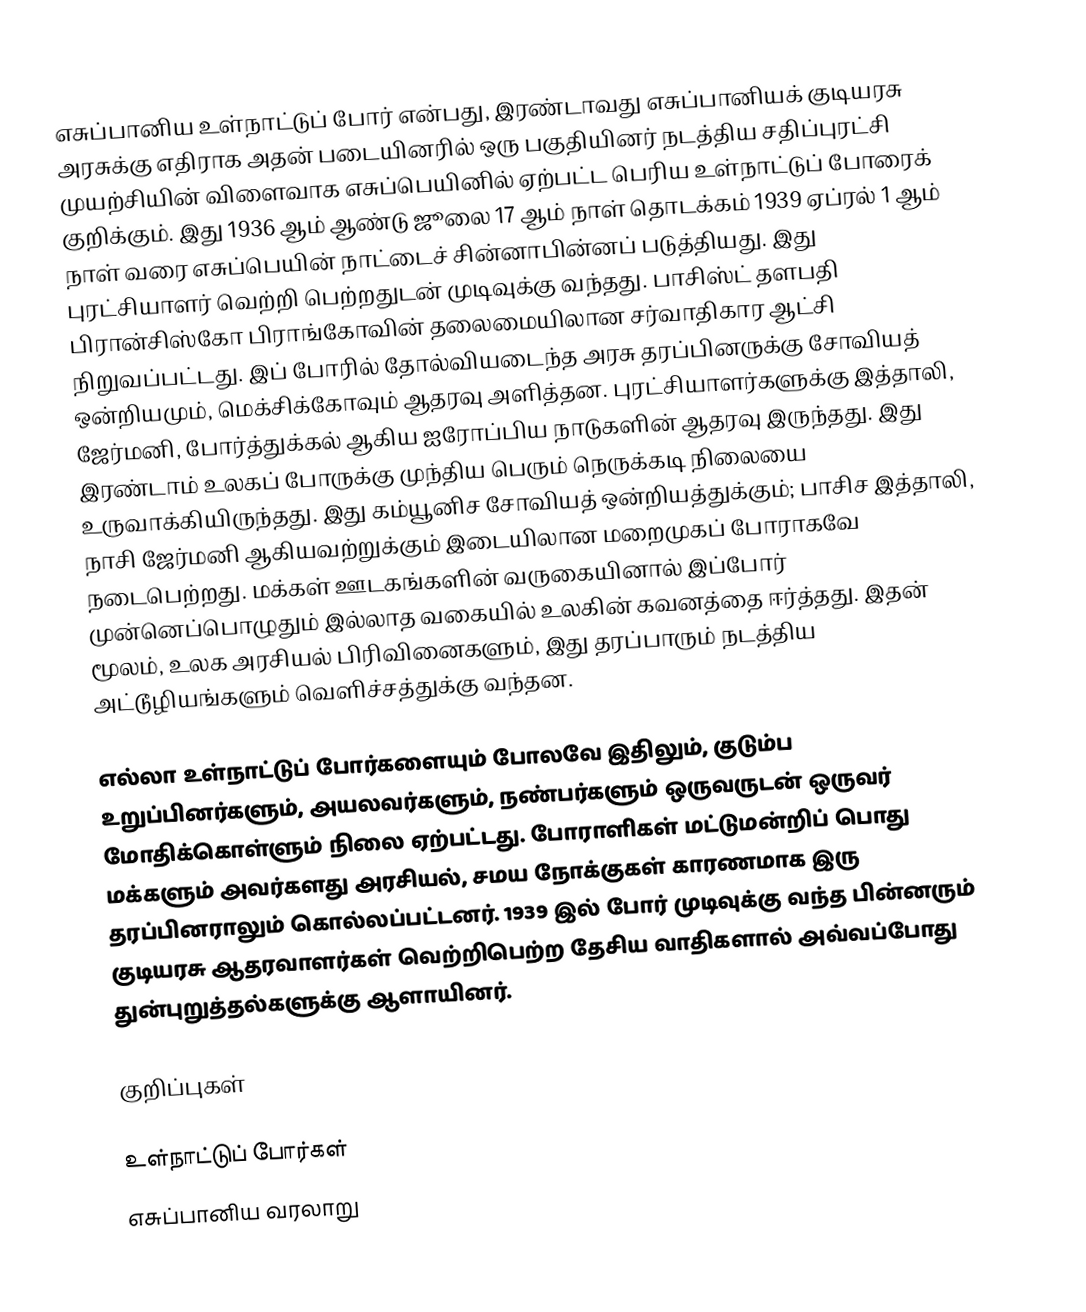
எசுப்பானிய உள்நாட்டுப் போர் என்பது, இரண்டாவது எசுப்பானியக் குடியரசு அரசுக்கு எதிராக அதன் படையினரில் ஒரு பகுதியினர் நடத்திய சதிப்புரட்சி முயற்சியின் விளைவாக எசுப்பெயினில் ஏற்பட்ட பெரிய உள்நாட்டுப் போரைக் குறிக்கும். இது 1936 ஆம் ஆண்டு ஜூலை 17 ஆம் நாள் தொடக்கம் 1939 ஏப்ரல் 1 ஆம் நாள் வரை எசுப்பெயின் நாட்டைச் சின்னாபின்னப் படுத்தியது. இது புரட்சியாளர் வெற்றி பெற்றதுடன் முடிவுக்கு வந்தது. பாசிஸ்ட் தளபதி பிரான்சிஸ்கோ பிராங்கோவின் தலைமையிலான சர்வாதிகார ஆட்சி நிறுவப்பட்டது. இப் போரில் தோல்வியடைந்த அரசு தரப்பினருக்கு சோவியத் ஒன்றியமும், மெக்சிக்கோவும் ஆதரவு அளித்தன. புரட்சியாளர்களுக்கு இத்தாலி, ஜேர்மனி, போர்த்துக்கல் ஆகிய ஐரோப்பிய நாடுகளின் ஆதரவு இருந்தது. இது இரண்டாம் உலகப் போருக்கு முந்திய பெரும் நெருக்கடி நிலையை உருவாக்கியிருந்தது. இது கம்யூனிச சோவியத் ஒன்றியத்துக்கும்; பாசிச இத்தாலி, நாசி ஜேர்மனி ஆகியவற்றுக்கும் இடையிலான மறைமுகப் போராகவே நடைபெற்றது. மக்கள் ஊடகங்களின் வருகையினால் இப்போர் முன்னெப்பொழுதும் இல்லாத வகையில் உலகின் கவனத்தை ஈர்த்தது. இதன் மூலம், உலக அரசியல் பிரிவினைகளும், இது தரப்பாரும் நடத்திய அட்டூழியங்களும் வெளிச்சத்துக்கு வந்தன.

எல்லா உள்நாட்டுப் போர்களையும் போலவே இதிலும், குடும்ப உறுப்பினர்களும், அயலவர்களும், நண்பர்களும் ஒருவருடன் ஒருவர் மோதிக்கொள்ளும் நிலை ஏற்பட்டது. போராளிகள் மட்டுமன்றிப் பொது மக்களும் அவர்களது அரசியல், சமய நோக்குகள் காரணமாக இரு தரப்பினராலும் கொல்லப்பட்டனர். 1939 இல் போர் முடிவுக்கு வந்த பின்னரும் குடியரசு ஆதரவாளர்கள் வெற்றிபெற்ற தேசிய வாதிகளால் அவ்வப்போது துன்புறுத்தல்களுக்கு ஆளாயினர்.

குறிப்புகள்

உள்நாட்டுப் போர்கள்
எசுப்பானிய வரலாறு